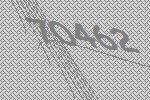
70462